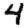
Digit: 4